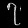
Digit: ၇